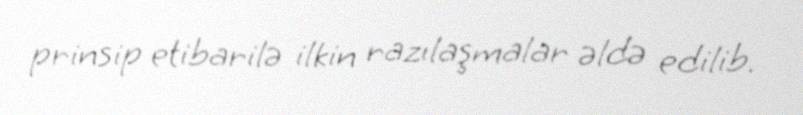
prinsip etibarilə ilkin razılaşmalar əldə edilib.